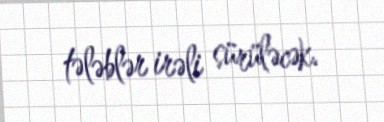
tələblər irəli sürüləcək.